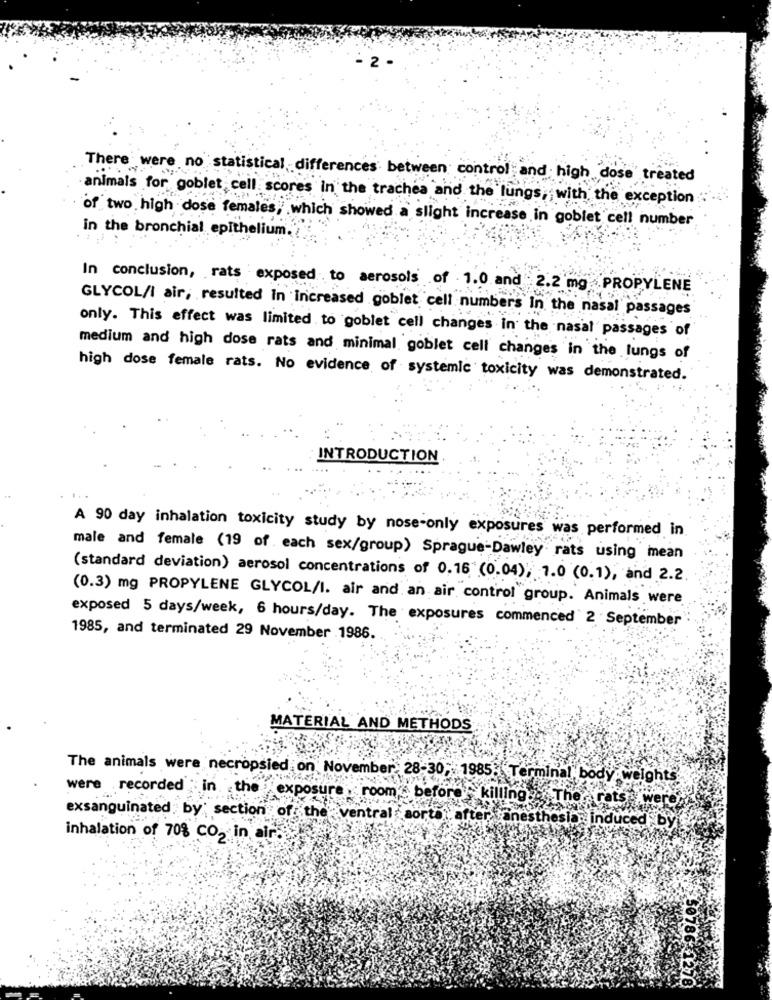
2
There were no statistical differences between; control and high dose' treated
animals for goblet cell scores in the trachea and the lungs, with the exception
of two high dose females, which showed a slight increase in goblet cell number
in the bronchial epithelium.
In conclusion, rats exposed to aerosols of .1.0 and 2.2 mg -PROPYLENE
GLYCOL/I air, resulted In increased goblet cell numbers In the nasal passages
only. This effect was limited to goblet cell changes in the nasal passages of
medium and high dose rats and minimal goblet cell changes in the lungs of
high dose female rats. No evidence of systemic toxicity was demonstrated.
INTRODUCTION
A 90 day inhalation toxicity study by nose-only exposures was performed in
male and female (19 of . each sex/group) Sprague-Dawley rats using mean
(standard deviation) aerosol concentrations of 0.16 (0.04), 7.0 (0.1), and 2.2.
(0.3) mg PROPYLENE GLYCOL/I. air and an air control group. Animals were
exposed 5 days/week, 6 hours/day. The exposures commenced 2 September
1985, and terminated 29 November 1986.
MATERIAL AND METHODS
The animals were necropsied on November 28-30, 1985: Terminal, body weights
were recorded in the exposure , room' before - killing .The rats were,
exsanguinated by; section of the ventral sorte: after anesthesia induced by
inhalation of 70% CO2 in air.
$50786-1278